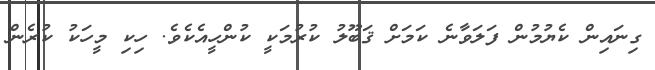
ގިނައިން ކެޔުމުން ފަލަވާނެ ކަމަށް ޤަބޫލު ކުރުމަކީ ކުންހީއެކެވެ. ހިކި މީހަކު ކުރެން